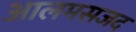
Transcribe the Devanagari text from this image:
आलमसजद